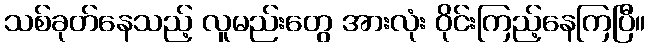
သစ်ခုတ်နေသည့် လူမည်းတွေ အားလုံး ဝိုင်းကြည့်နေကြပြီ။